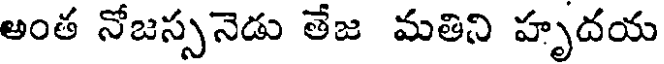
అంత నోజస్సనెడు తేజ మతిని హృదయ